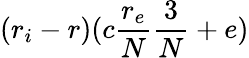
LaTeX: (r_{i}-r)(c\frac{r_{e}}{N}\frac{3}{N}+e)